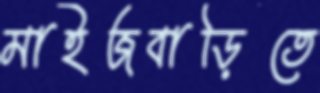
মাইজবাড়িতে